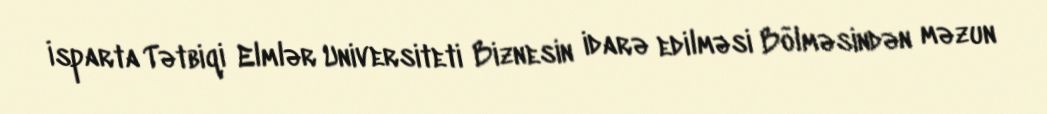
İsparta Tətbiqi Elmlər Universiteti Biznesin idarə edilməsi Bölməsindən məzun